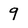
Character: 9